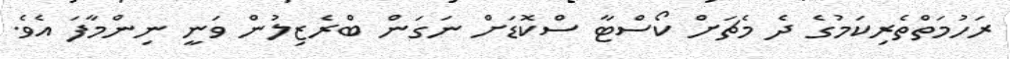
ރަހުމަތްތެރިކަމުގެ ދެ މެޗަށް ކޯސްޓާ ސްކޮޑަށް ނަގަން ބްރެޒިލުން ވަނީ ނިންމާފަ އެވެ.